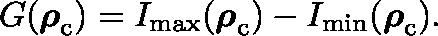
\begin{array} { r } { G ( \boldsymbol { \mathbf { \rho } } _ { \mathrm { c } } ) = I _ { \mathrm { m a x } } ( \boldsymbol { \mathbf { \rho } } _ { \mathrm { c } } ) - I _ { \mathrm { m i n } } ( \boldsymbol { \mathbf { \rho } } _ { \mathrm { c } } ) . } \end{array}